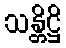
သန္တိဋ္ဌိ